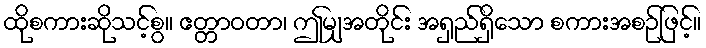
ထိုစကားဆိုသင့်စွ။ ဧတ္တာဝတာ၊ ဤမျှအတိုင်း အရှည်ရှိသော စကားအစဉ်ဖြင့်။